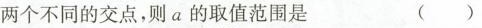
两个不同的交点，则a的取值范围是 ()